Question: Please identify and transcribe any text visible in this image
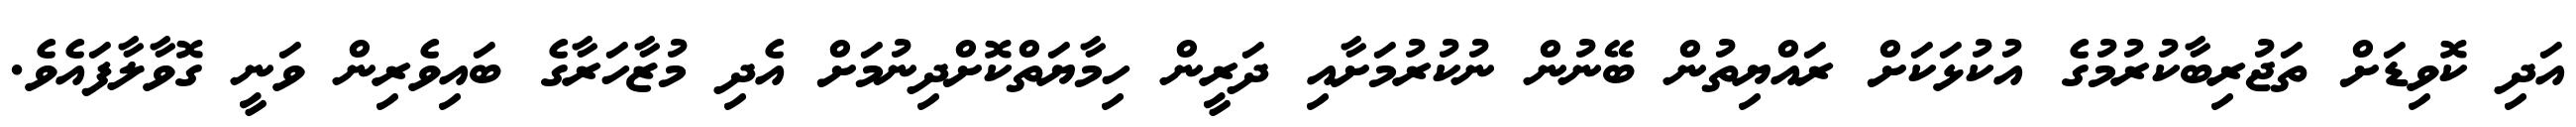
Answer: އަދި ކޮވިޑަށް ތަޖުރިބާކުރުމުގެ އުކުޅަކަށް ރައްޔިތުން ބޭނުން ނުކުރުމަށާއި ދަރީން ހިމާޔަތްކޮށްދިނުމަށް އެދި މުޒާހަރާގެ ބައިވެރިން ވަނީ ގޮވާލާފައެވެ.